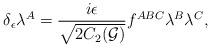
LaTeX: \begin{align*}\delta_{\epsilon}\lambda^{A}= \frac{i\epsilon}{\sqrt{2 C_{2}({\cal G})}}f^{ABC}\lambda^{B}\lambda^{C},\end{align*}